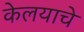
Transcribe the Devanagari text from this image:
केलयाचे